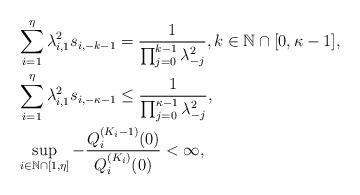
LaTeX: \begin{align*}&\sum_{i=1}^{\eta} \lambda_{i,1}^{2}s_{i,-k-1} = \frac{1}{\prod_{j=0}^{k-1}\lambda_{-j}^{2}}, k\in\mathbb{N}\cap[0,\kappa-1],\\&\sum_{i=1}^{\eta} \lambda_{i,1}^{2}s_{i,-\kappa-1} \le \frac{1}{\prod_{j=0}^{\kappa-1}\lambda_{-j}^{2}},\\&\sup_{i\in\mathbb{N}\cap [1,\eta]} -\frac{Q_{i}^{(K_i-1)}(0)}{Q_{i}^{(K_i)}(0)} < \infty,\end{align*}